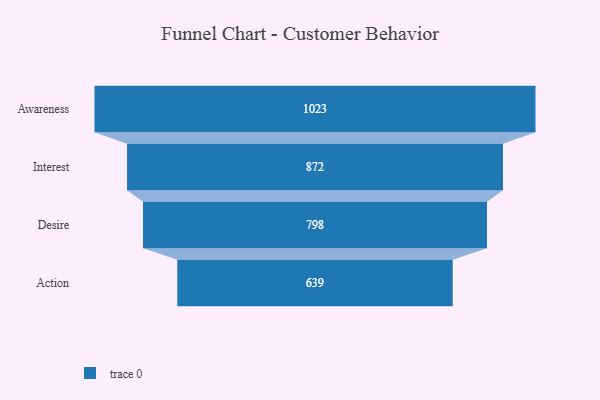
{"axis": {"x": "Stage", "y": "Value"}, "legend": [""], "data": [{"x": "Awareness", "y": 1023.0, "type": ""}, {"x": "Interest", "y": 872.0, "type": ""}, {"x": "Desire", "y": 798.0, "type": ""}, {"x": "Action", "y": 639.0, "type": ""}]}